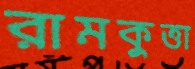
রামকুত্তা